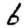
Digit: 6